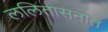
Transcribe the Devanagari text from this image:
ललितासनात